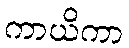
ကာယိကာ